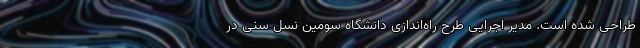
طراحی شده است. مدیر اجرایی طرح راه‌اندازی دانشگاه سومین نسل سنی در